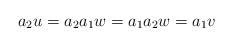
LaTeX: \begin{align*}a_2u = a_2 a_1 w = a_1 a_2 w = a_1v\end{align*}